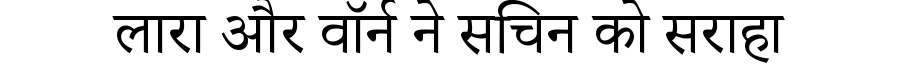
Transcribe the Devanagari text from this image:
लारा और वॉर्न ने सचिन को सराहा